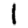
Digit: 1